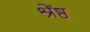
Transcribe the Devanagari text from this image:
श्रेंष्ठ